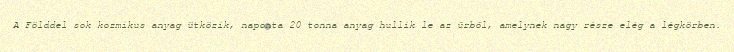
A Földdel sok kozmikus anyag ütközik, naponta 20 tonna anyag hullik le az űrből, amelynek nagy része elég a légkörben.